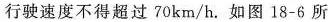
行驶速度不得超过70km/h。如图18-6所